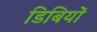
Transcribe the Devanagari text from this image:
डिबियों